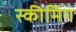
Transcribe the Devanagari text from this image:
स्कीमिंग